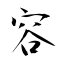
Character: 容